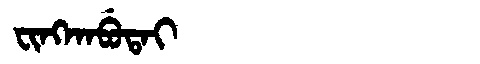
Manchu: ᠸᡳᠩᡴᠠᠪᡠᡨᠠᡳ
Romanization: FINGKABUTAI